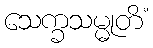
သေက္ခသမ္မုတိံ